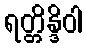
ရတ္တိန္ဒိဝါ